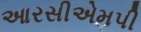
આરસીએમપી